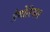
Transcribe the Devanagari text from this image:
ग्रेगोरियस